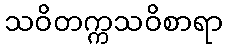
သဝိတက္ကသဝိစာရာ